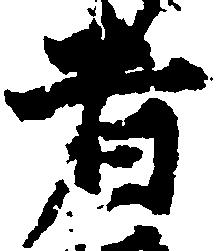
者